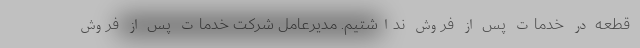
قطعه در خدمات پس از فروش نداشتیم. مدیرعامل شرکت خدمات پس از فروش